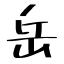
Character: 岳